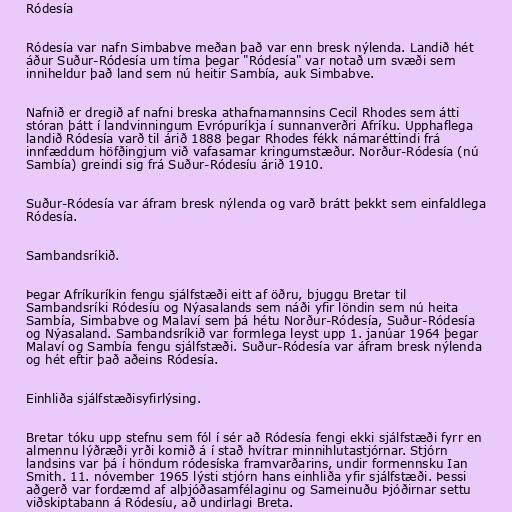
Ródesía

Ródesía var nafn Simbabve meðan það var enn bresk nýlenda. Landið hét
áður Suður-Ródesía um tíma þegar "Ródesía" var notað um svæði sem
inniheldur það land sem nú heitir Sambía, auk Simbabve.

Nafnið er dregið af nafni breska athafnamannsins Cecil Rhodes sem átti
stóran þátt í landvinningum Evrópuríkja í sunnanverðri Afríku. Upphaflega
landið Ródesía varð til árið 1888 þegar Rhodes fékk námaréttindi frá
innfæddum höfðingjum við vafasamar kringumstæður. Norður-Ródesía (nú
Sambía) greindi sig frá Suður-Ródesíu árið 1910.

Suður-Ródesía var áfram bresk nýlenda og varð brátt þekkt sem einfaldlega
Ródesía.

Sambandsríkið.

Þegar Afríkuríkin fengu sjálfstæði eitt af öðru, bjuggu Bretar til
Sambandsríki Ródesíu og Nýasalands sem náði yfir löndin sem nú heita
Sambía, Simbabve og Malaví sem þá hétu Norður-Ródesía, Suður-Ródesía
og Nýasaland. Sambandsríkið var formlega leyst upp 1. janúar 1964 þegar
Malaví og Sambía fengu sjálfstæði. Suður-Ródesía var áfram bresk nýlenda
og hét eftir það aðeins Ródesía.

Einhliða sjálfstæðisyfirlýsing.

Bretar tóku upp stefnu sem fól í sér að Ródesía fengi ekki sjálfstæði fyrr en
almennu lýðræði yrði komið á í stað hvítrar minnihlutastjórnar. Stjórn
landsins var þá í höndum ródesíska framvarðarins, undir formennsku Ian
Smith. 11. nóvember 1965 lýsti stjórn hans einhliða yfir sjálfstæði. Þessi
aðgerð var fordæmd af alþjóðasamfélaginu og Sameinuðu Þjóðirnar settu
viðskiptabann á Ródesíu, að undirlagi Breta.